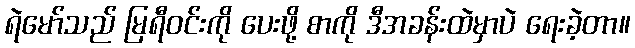
ရဲမော်သည် မြရီဝင်းကို ပေးဖို့ စာကို ဒီအခန်းထဲမှာပဲ ရေးခဲ့တာ။